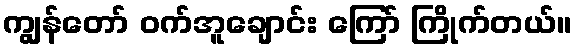
ကျွန်တော် ဝက်အူချောင်း ကြော် ကြိုက်တယ်။